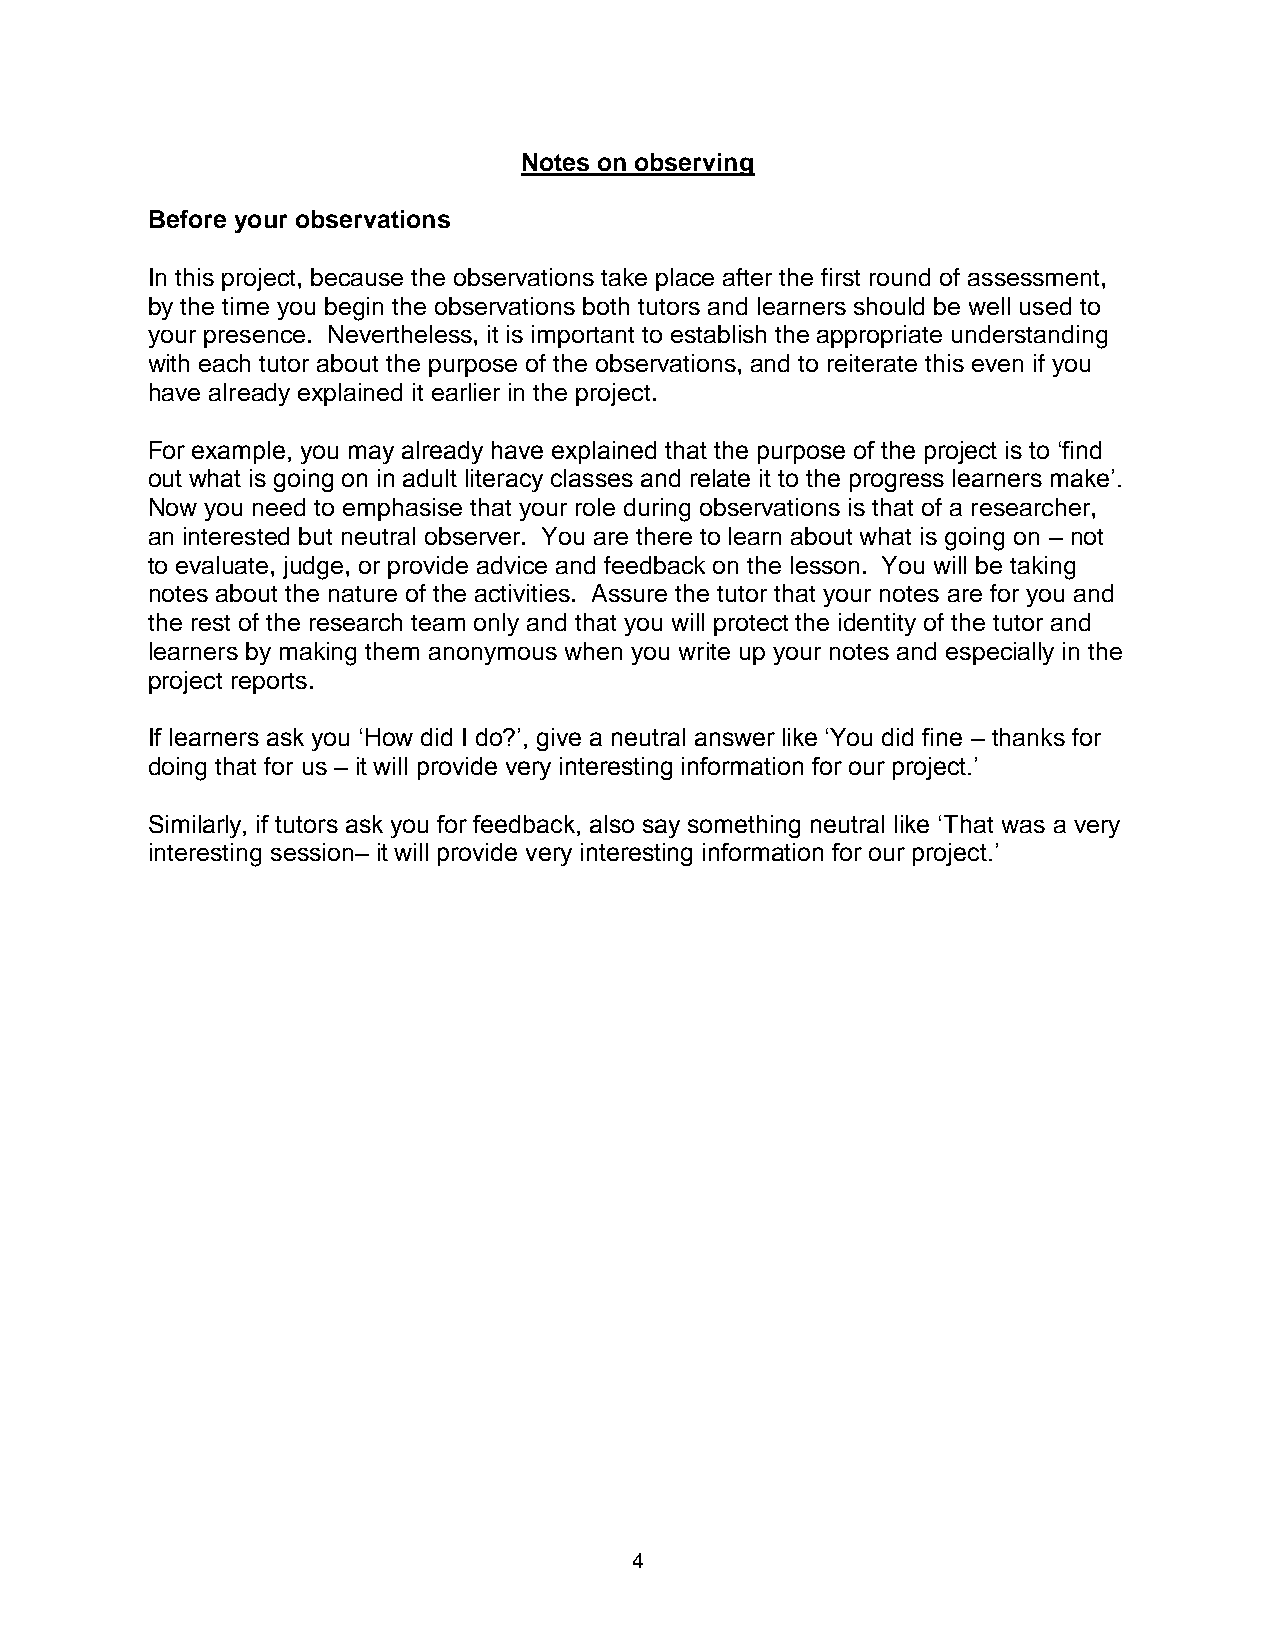
Notes on observing
 Before your observations
 In this project, because the observations take place after the first round of assessment,
 by the time you begin the observations both tutors and learners should be well used to
 your presence. Nevertheless, it is important to establish the appropriate understanding
 with each tutor about the purpose of the observations, and to reiterate this even if you
 have already explained it earlier in the project.
 For example, you may already have explained that the purpose of the project is to ‘find
 out what is going on in adult literacy classes and relate it to the progress learners make’.
 Now you need to emphasise that your role during observations is that of a researcher,
 an interested but neutral observer. You are there to learn about what is going on – not
 to evaluate, judge, or provide advice and feedback on the lesson. You will be taking
 notes about the nature of the activities. Assure the tutor that your notes are for you and
 the rest of the research team only and that you will protect the identity of the tutor and
 learners by making them anonymous when you write up your notes and especially in the
 project reports.
 If learners ask you ‘How did I do?’, give a neutral answer like ‘You did fine – thanks for
 doing that for us – it will provide very interesting information for our project.’
 Similarly, if tutors ask you for feedback, also say something neutral like ‘That was a very
 interesting session– it will provide very interesting information for our project.’
 4